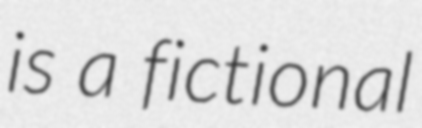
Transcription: is a fictional